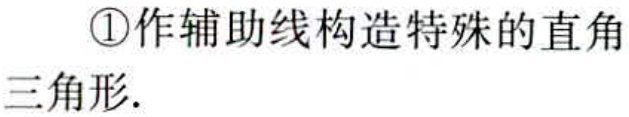
\textcircled{1}作辅助线构造特殊的直角三角形.